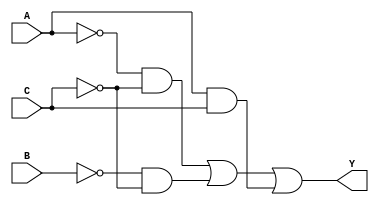
// -----------------------------------
// Jos Alejandro Gara Aguirre
// Digital 
// lab4
// -----------------------------------
// Ejercicio 1 Tabla 1/Gate Level Modelling
// -----------------------------------
module tabla1_1(input wire A, B, C, output wire Y);
  
//   Elementos
// reg A, B, C;
 
 wire w1,w2,w3,w4,w5,w6,w7;
// compuertas    
not U1 (w1, A);					//A'
not U2 (w2, B);					//B'
not U3 (w3, C);					//C'
and a1 (w4, w1, w3);			//A'C'
and a2 (w5, w2, w3);			//B'C'
and a3 (w6, A, C);				//AC
or  o1 (Y, w4, w5, w6);			//Salida

endmodule



// -----------------------------------
// Ejercicio 1 Tabla 2/Gate Level Modelling
// -----------------------------------

module tabla1_2(input wire A, B, C, output wire Y);
  
// compuertas    
not U2 (Y, B);					//B'=Salida

endmodule

// -----------------------------------
// Ejercicio 1 Tabla 3/Gate Level Modelling
// -----------------------------------
module tabla1_3(input wire A, B, C, D, output wire Y);
  
//   Elementos
// reg A, B, C, D;
 wire w1,w2,w3,w4,w5,w6,w7,w8,w9,w10,w11,w12;
// compuertas    
not U1 (w1, A);					//A'
not U2 (w2, B);					//B'
not U3 (w3, C);					//C'
not U4 (w4, D);					//D'
and a1 (w5, w1, w2, w3, w4);	//A'B'C'D'
and a2 (w6, w1, w2, C, D);		//ABCD
and a3 (w7, w1, B, w3, D);		//A'BC'D
and a4 (w8, w1, B, C ,w4);		//A'BCD'
and a5 (w9, A, B, w3, w4);		//ABC'D'
and a6 (w10, A, B, C, D);		//ABCD
and a7 (w11, A, w2, w3, D);		//AB'C'D
and a8 (w12, A, w2, C, w4);		//AB'CD'
or  o1 (Y, w5,w6,w7,w8,w9,w10,w11,w12); 		//Salida

endmodule

// -----------------------------------
// Ejercicio 1 Tabla 4/Gate Level Modelling
// -----------------------------------
module tabla1_4(input wire A, B, C, D, output wire J);
  
//   Elementos
 wire j1,j2,j3,j4;
// compuertas    
not U1 (j1, D);					//D'
and a1 (j2, A, j1);				//AD'
and a2 (j3, A, C);				//AC
and a3 (j4, A, B);				//AB
or  o1 (J, j2, j3, j4);			//AD'+AC+AB
  
endmodule


// -----------------------------------
// Ejercicio 2 Tabla 1/Operadores Logicos
// -----------------------------------
module tabla2_1(input wire A,B,C,D, output wire Y);	
	
assign Y = (~B&~C&~D) | (A&~B) | (A&~C) | (A&~D);
   
endmodule

// -----------------------------------
// Ejercicio 2 Tabla 2/Operadores Logicos
// -----------------------------------
module tabla2_2(input wire A,B,C, output wire Y);
	
	assign Y = ~B | C;
	
endmodule

// -----------------------------------
// Ejercicio 2 Tabla 3/Operadores Logicos
// -----------------------------------
module tabla2_3(input wire A,B,C,D, output wire Y);

	assign Y = B | D ;
  
endmodule

// -----------------------------------
// Ejercicio 2 Tabla 4/Operadores Logicos
// -----------------------------------
module tabla2_4(input wire A,B,C, output wire Y);

	assign Y = ~A&~C | B ;
  
endmodule